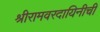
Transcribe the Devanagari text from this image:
श्रीरामवरदायिनीची